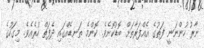
ނާރު ހުންނަނީ ފަތުގެ އެއްފަރާތަށް ބޮޑުކޮށެވެ. ކޮންމެ ތަނޑެއްގައި ދެފަތް ހުރެއެވެ. މިގަހުގެ